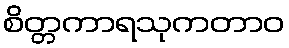
စိတ္တကာရသုကတာဝ